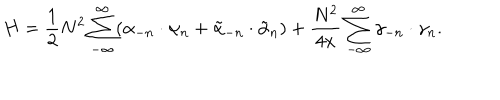
H = \frac { 1 } { 2 } N ^ { 2 } \sum _ { - \infty } ^ { \infty } ( \alpha _ { - n } \cdot \alpha _ { n } + \tilde { \alpha } _ { - n } \cdot \tilde { \alpha } _ { n } ) + \frac { N ^ { 2 } } { 4 x } \sum _ { - \infty } ^ { \infty } \gamma _ { - n } \cdot \gamma _ { n } .